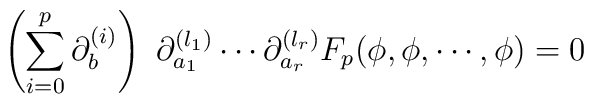
\left( \sum\limits^p_{i=0} \partial^{(i)}_b \right) \, \,\partial^{(l_1)}_{a_1} \cdots \partial^{(l_r)}_{a_r} F_p( \phi, \phi, \cdots, \phi) = 0